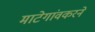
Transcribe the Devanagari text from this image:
माटेगांवकरने